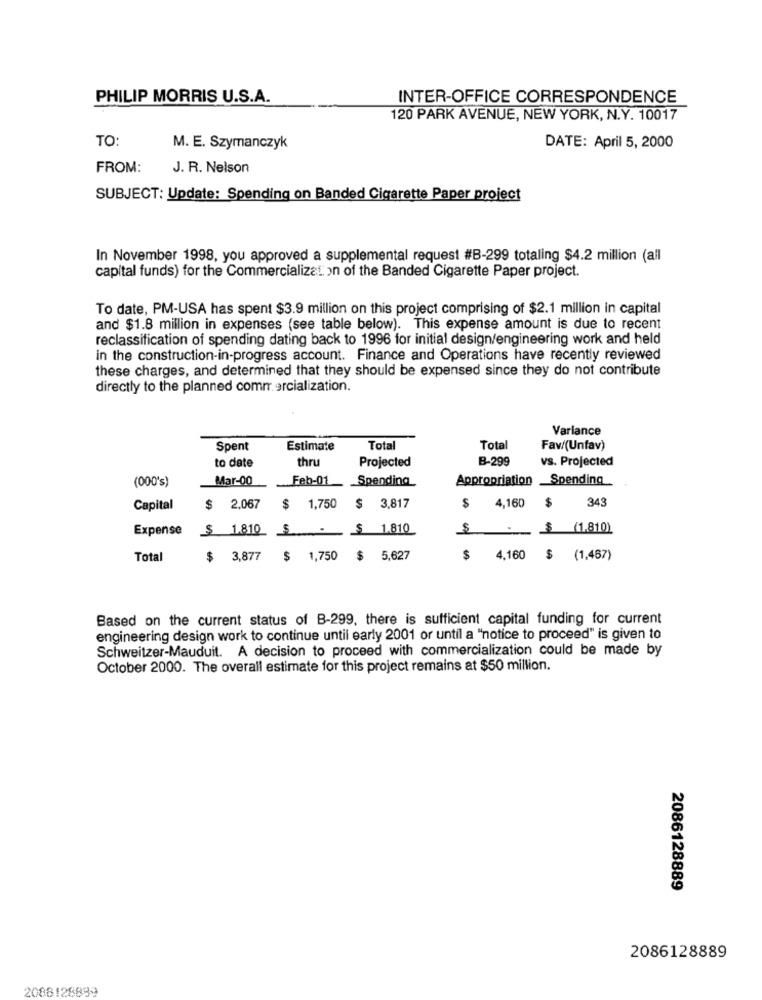
PHILIP MORRIS U.S.A.
INTER-OFFICE CORRESPONDENCE
120 PARK AVENUE, NEW YORK, N.Y. 10017
TO:
M. E. Szymanczyk
DATE: April 5, 2000
FROM:
J. R. Nelson
SUBJECT: Update: Spending on Banded Cigarette Paper project
In November 1998, you approved a supplemental request #B-299 totaling $4.2 million (all
capital funds) for the Commercialization of the Banded Cigarette Paper project.
To date, PM-USA has spent $3.9 million on this project comprising of $2.1 million in capital
and $1.8 million in expenses (see table below). This expense amount is due to recent
reclassification of spending dating back to 1996 for initial design/engineering work and held
in the construction-in-progress account. Finance and Operations have recently reviewed
these charges, and determined that they should be expensed since they do not contribute
directly to the planned commercialization.
Varlance
Spent
Estimate
Total
Total
Fav/(Unfav)
to date
thru
Projected
B-299
vs. Projected
(000's)
Mar-00
.Feb-01 _ _ Spending
Appropriation _Spending
343
Capital
$ 2,067
$ 1,750 $ 3,817
$ 4,160
$
Expense
$ 1810 $ - $ 1.810
S-$ (1.810)
Total
$ 3,877 $ 1,750 $ 5,627
$ 4,160 $ (1,467)
Based on the current status of B-299, there is sufficient capital funding for current
engineering design work to continue until early 2001 or until a "notice to proceed" is given to
Schweitzer-Mauduit. A decision to proceed with commercialization could be made by
October 2000. The overall estimate for this project remains at $50 million.
2086128889
2086128889
2088128899